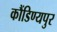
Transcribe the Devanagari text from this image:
कौंडिण्यपुर